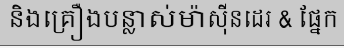
និងគ្រឿងបន្លាស់ម៉ាស៊ីនដេរ & ផ្នែក